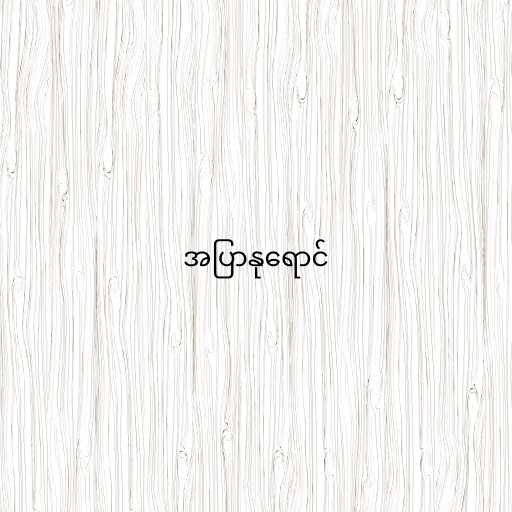
အပြာနုရောင်